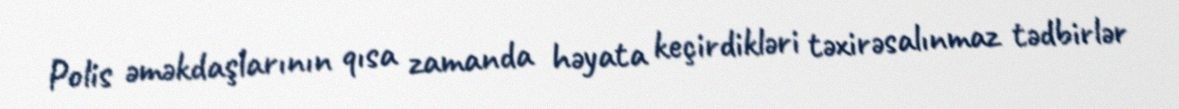
Polis əməkdaşlarının qısa zamanda həyata keçirdikləri təxirəsalınmaz tədbirlər